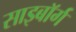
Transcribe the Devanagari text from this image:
साइबाॅर्ग